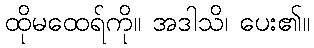
ထိုမထေရ်ကို။ အဒါသိ၊ ပေး၏။